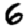
Digit: 6